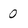
Character: 0